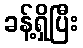
ခန့်ရှိပြီး